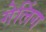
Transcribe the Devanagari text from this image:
गेलिंग